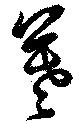
暮